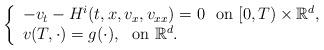
LaTeX: \begin{align*}\left \{\begin{array}{ll}-v_t-H ^{i}(t,x,v_x,v_{xx})=0\ \ \textrm{on}\ [0,T)\times \mathbb{R}^d,\\v(T,\cdot)=g(\cdot),\ \ \textrm{on}\ \mathbb{R}^d.\end{array}\right.\end{align*}